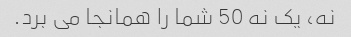
نه، یک نه 50 شما را همانجا می برد.